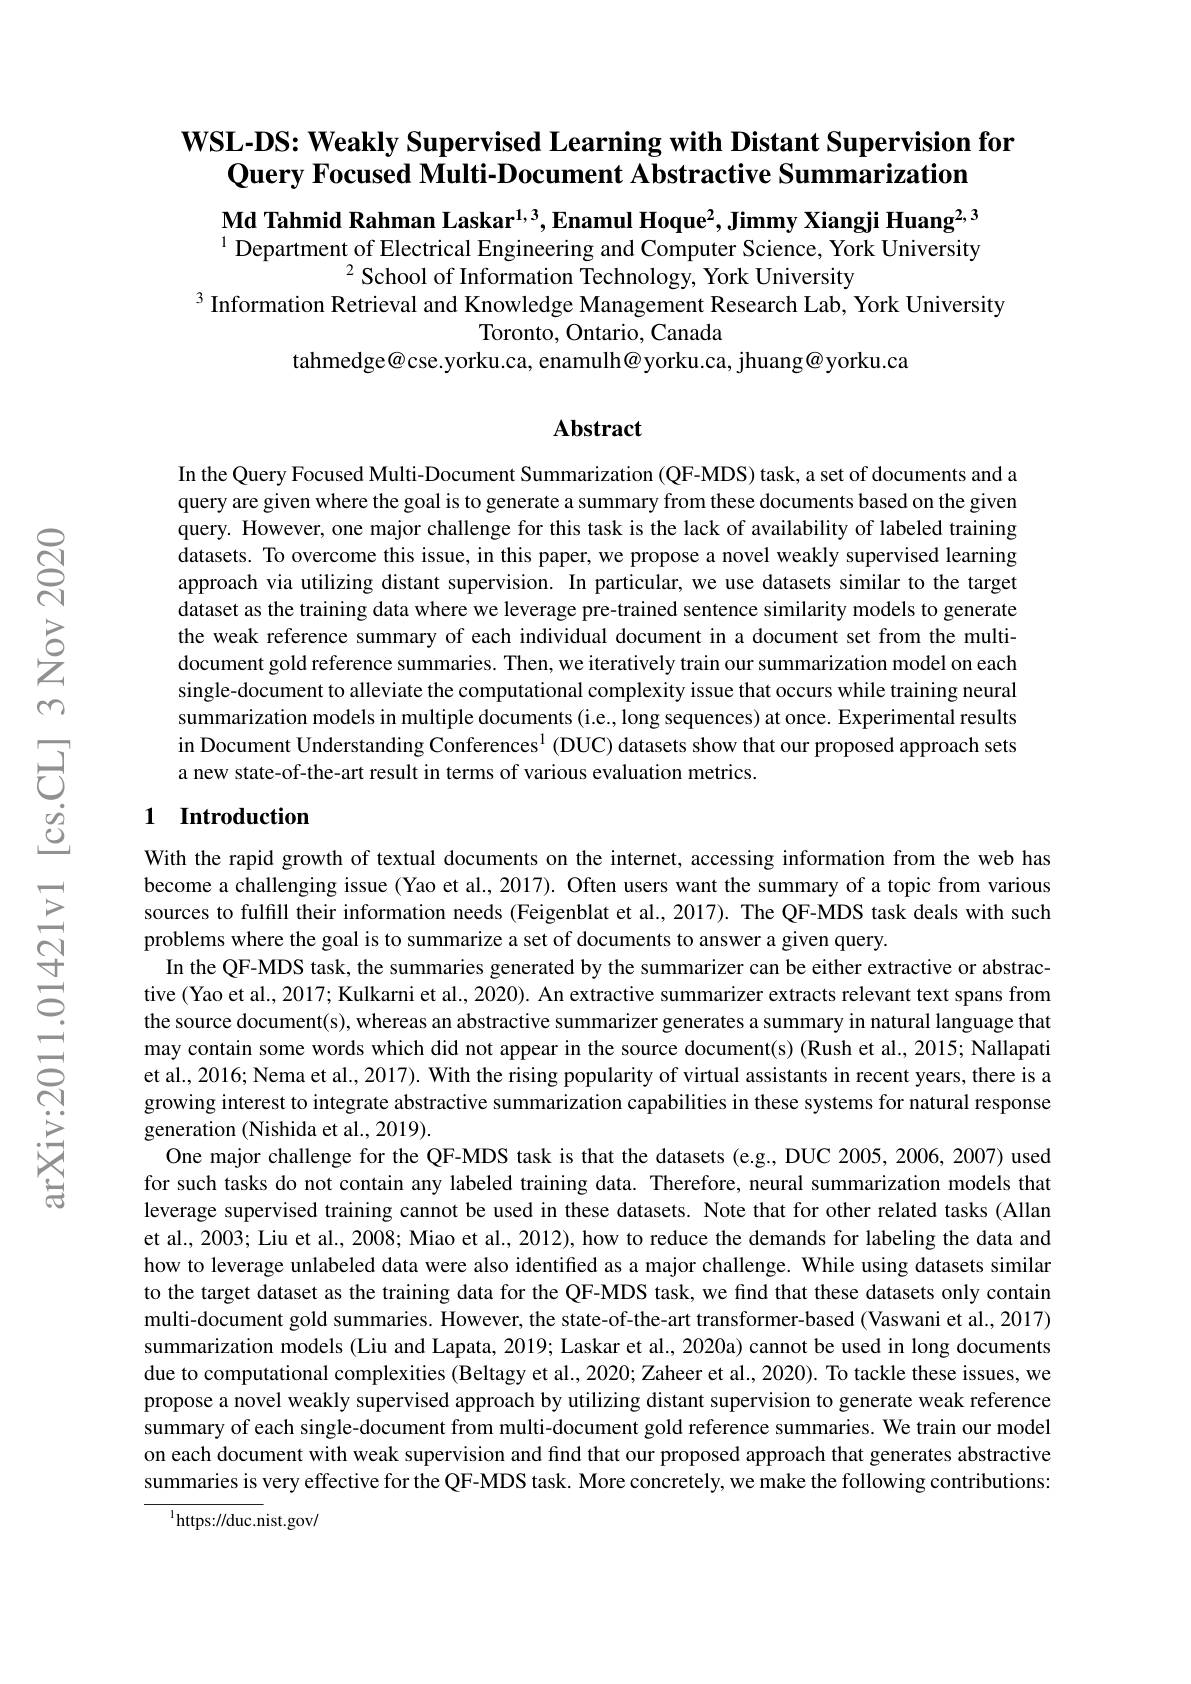
# WSL-DS: Weakly Supervised Learning with Distant Supervision for Query Focused Multi-Document Abstractive Summarization

Md Tahmid Rahman Laskar$^{1,3}$,Enamul Hoque$^2$,Jimmy Xiangji Huang$^{2,3}$ $^{1}$ Department of Electrical Engineering and Computer Science, York University
$^2$School of Information Technology, York University
3 Information Retrieval and Knowledge Management Research Lab, York University
Toronto, Ontario, Canada
tahmedge@cse.yorku.ca, enamulh@yorku.ca, jhuang@yorku.ca

## Abstract

In the Query Focused Multi-Document Summarization (QF-MDS) task, a set of documents and a query are given where the goal is to generate a summary from these documents based on the given query. However, one major challenge for this task is the lack of availability of labeled training datasets. To overcome this issue, in this paper, we propose a novel weakly supervised learning approach via utilizing distant supervision. In particular, we use datasets similar to the target dataset as the training data where we leverage pre-trained sentence similarity models to generate the weak reference summary of each individual document in a document set from the multidocument gold reference summaries. Then, we iteratively train our summarization model on each single-document to alleviate the computational complexity issue that occurs while training neural summarization models in multiple documents (i.e., long sequences) at once. Experimental results in Document Understanding Conferences$^{1}$ (DUC) datasets show that our proposed approach sets a new state-of-the-art result in terms of various evaluation metrics.

## 1 Introduction

With the rapid growth of textual documents on the internet, accessing information from the web has become a challenging issue (Yao et al., 2017). Often users want the summary of a topic from various sources to fulfill their information needs (Feigenblat et al.,2017). The QF-MDS task deals with such problems where the goal is to summarize a set of documents to answer a given query.
In the QF-MDS task, the summaries generated by the summarizer can be either extractive or abstractive (Yao et al., 2017; Kulkarni et al., 2020). An extractive summarizer extracts relevant text spans from the source document(s), whereas an abstractive summarizer generates a summary in natural language that may contain some words which did not appear in the source document(s) (Rush et al., 2015; Nallapati et al., 2016; Nema et al., 2017). With the rising popularity of virtual assistants in recent years, there is a growing interest to integrate abstractive summarization capabilities in these systems for natural response generation (Nishida et al., 2019).
One major challenge for the QF-MDS task is that the datasets (e.g., DUC 2005, 2006, 2007) used for such tasks do not contain any labeled training data. Therefore, neural summarization models that leverage supervised training cannot be used in these datasets. Note that for other related tasks (Allan et al., 2003; Liu et al., 2008; Miao et al., 2012), how to reduce the demands for labeling the data and how to leverage unlabeled data were also identified as a major challenge. While using datasets similar to the target dataset as the training data for the QF-MDS task, we find that these datasets only contain multi-document gold summaries. However, the state-of-the-art transformer-based (Vaswani et al., 2017) summarization models (Liu and Lapata, 2019; Laskar et al., 2020a) cannot be used in long documents due to computational complexities (Beltagy et al., 2020; Zaheer et al., 2020). To tackle these issues, we propose a novel weakly supervised approach by utilizing distant supervision to generate weak reference summary of each single-document from multi-document gold reference summaries. We train our model on each document with weak supervision and find that our proposed approach that generates abstractive summaries is very effective for the QF-MDS task. More concretely, we make the following contributions:
$^{1}$https://duc.nist.gov/